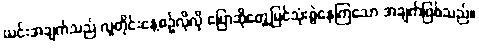
ယင်းအချက်သည် လူတိုင်းနေ့စဉ်လိုလို ပြောဆိုတွေ့မြင်သုံးစွဲနေကြသော အချက်ဖြစ်သည်။